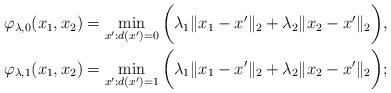
LaTeX: \begin{align*}\varphi_{\lambda, 0} (x_1, x_2) & = \min_{x': d(x') = 0} \bigg( \lambda_1 \| x_1 - x' \|_2 + \lambda_2 \| x_2 - x' \|_2 \bigg), \\\varphi_{\lambda, 1} (x_1, x_2) & = \min_{x': d(x') = 1} \bigg( \lambda_1 \| x_1 - x' \|_2 + \lambda_2 \| x_2 - x' \|_2 \bigg); \end{align*}